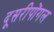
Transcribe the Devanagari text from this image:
दूसरीपोंगल